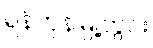
ရန်ကုန်မြို့တွင်း